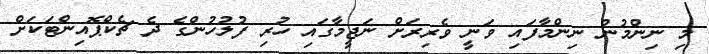
މި ނިންމުން ނިންމާފައި ވަނީ ވެރިރަށް ނަޖީމާގައި ހުރި ފުލުހުންގެ ދެ ޗެކްޕޮއިންޓަކަށް